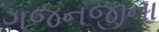
ગજનજીના